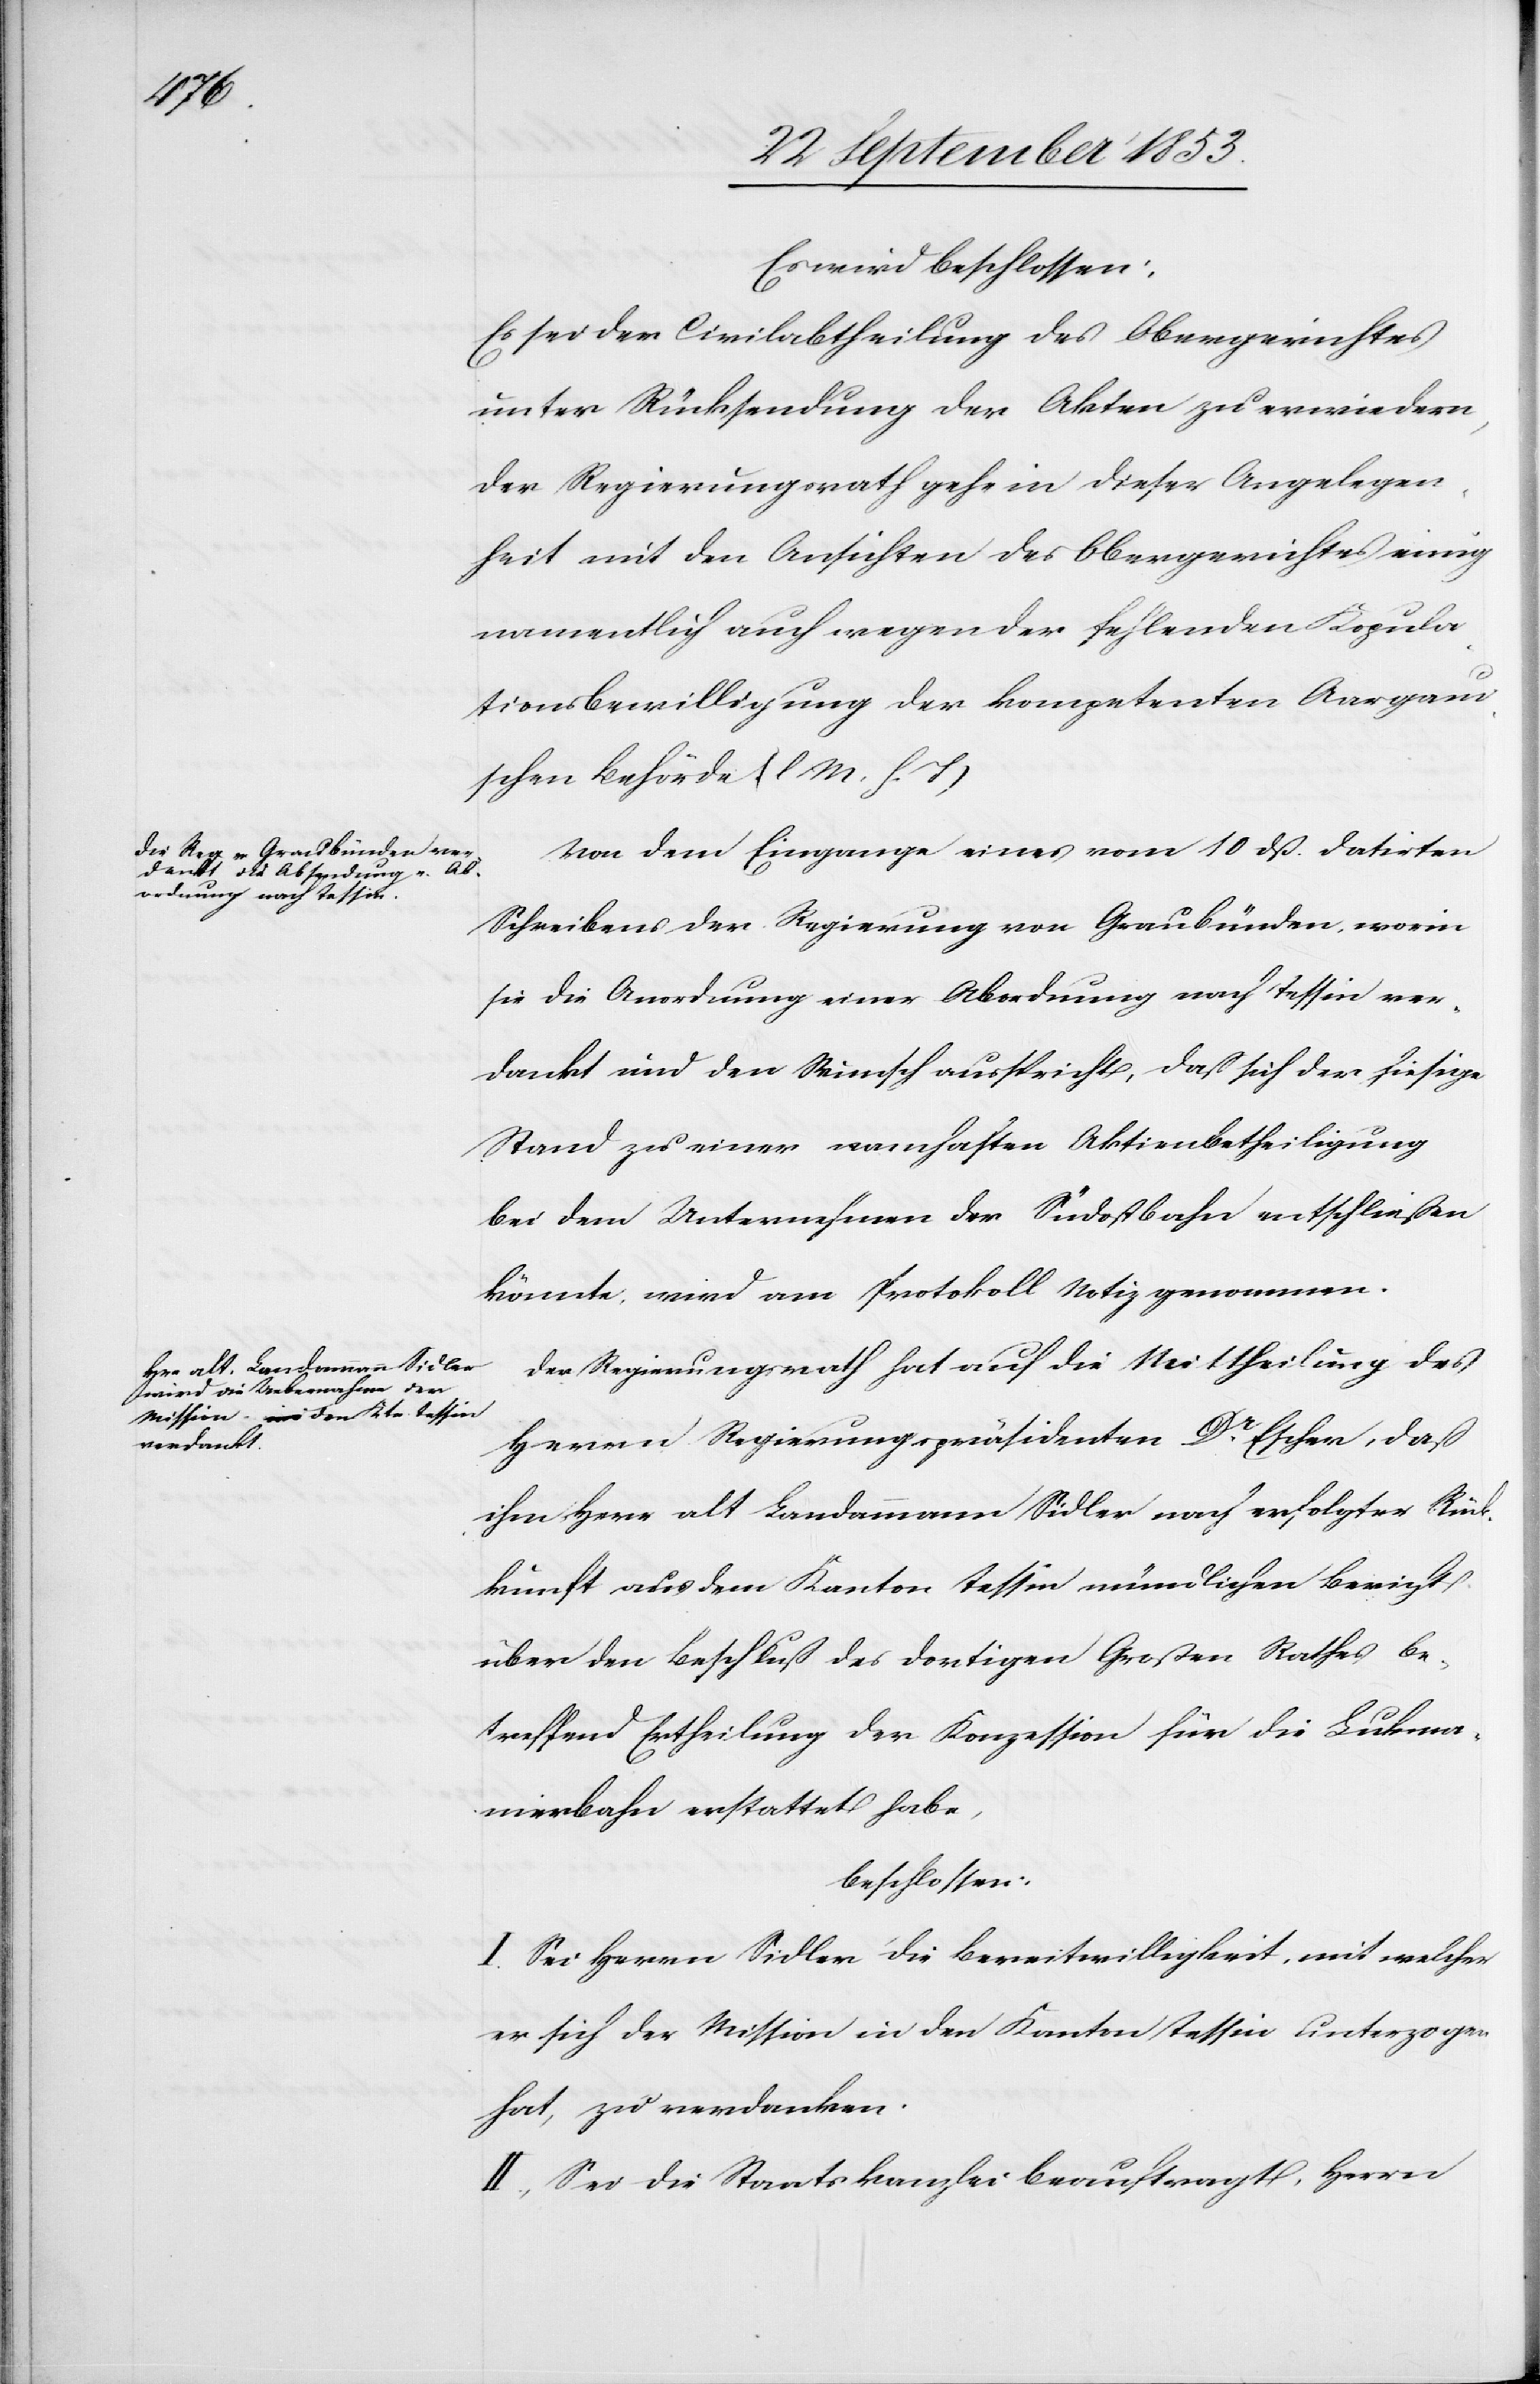
Es wird beschlossen:
Es sei der Civilabtheilung des Obergerichtes
unter Rücksendung der Akten zu erwiedern,
der Regierungsrath gehe in dieser Angelegen¬
heit mit den Ansichten des Obergerichtes einig
namentlich auch wegen der fehlenden Kopula¬
tionsbewilligung der kompetenten Aargau¬
ischen Behörde [l. M. h. T]
Von dem Eingange eines vom 10 dß. datirten
Schreibens der Regierung von Graubünden, worin
sie die Anordnung einer Abordnung nach Tessin ver¬
dankt und den Wunsch ausspricht, daß sich der hiesige
Stand zu einer namhaften Aktivbetheiligung
bei dem Unternehmen der Südostbahn entschließen
könnte, wird am Protokoll Notiz genommen.
Der Regierungsrath hat auf die Mittheilung des
Herrn Regierungspräsidenten Dr Escher, daß
ihm Herr alt Landammann Sidler nach erfolgter Rück¬
kunft aus dem Kanton Tessin mündlichen Bericht
über den Beschluß des dortigen Großen Rathes be¬
treffend Ertheilung der Konzession für die Lukma¬
nierbahn erstattet habe,
beschlossen:
I. Sei Herrn Sidler die Bereitwilligkeit, mit welcher
er sich der Mission in den Kanton Tessin unterzogen
hat, zu verdanken.
II. Sei die Staatskanzlei beauftragt, Herrn